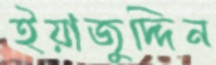
ইয়াজুদ্দিন